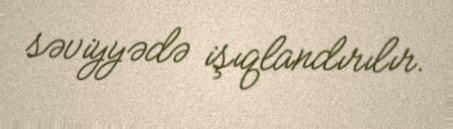
səviyyədə işıqlandırılır.